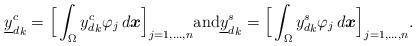
LaTeX: \begin{align*}\begin{aligned} {\underline{y}_d^c}_k = \Big\lbrack \int_{\Omega} {y_d^c}_k \varphi_j \,d\boldsymbol{x} \Big\rbrack_{j=1,\dots,n} \mbox{and} {\underline{y}_d^s}_k = \Big\lbrack \int_{\Omega} {y_d^s}_k \varphi_j \,d\boldsymbol{x} \Big\rbrack_{j=1,\dots,n}.\end{aligned}\end{align*}